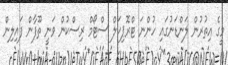
މީގެ އިތުރުން ލަންޑަނުގައި ހުންނަ ޓްރޮޕިކަލް ސްޓޯމް ރިސްކުން ވަނީ ތޫފާން ފައިލިން